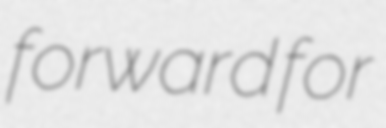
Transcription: forward for